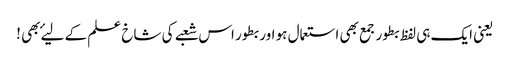
یعنی ایک ہی لفظ بطور جمع بھی استعمال ہو اور بطور اس شعبے کی شاخ علم کے لیۓ بھی !